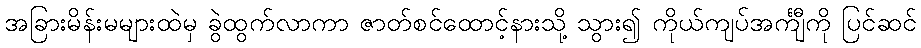
အခြားမိန်းမများထဲမှ ခွဲထွက်လာကာ ဇာတ်စင်ထောင့်နားသို့ သွား၍ ကိုယ်ကျပ်အင်္ကျီကို ပြင်ဆင်